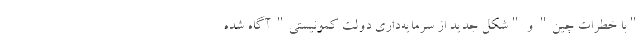
"با خطرات چین" و "شکل جدید از سرمایه‌داری دولت کمونیستی" آگاه شده